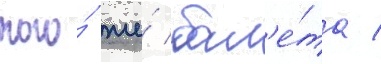
того́ же́ бал'е́та /